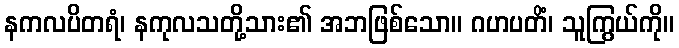
နကလပိတရံ၊ နကုလသတို့သား၏ အဘဖြစ်သော။ ဂဟပတိံ၊ သူကြွယ်ကို။